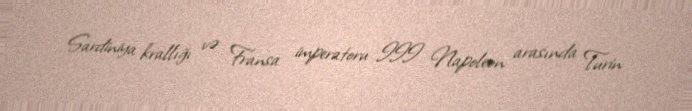
Sardiniya krallığı və Fransa imperatoru III Napoleon arasında Turin